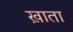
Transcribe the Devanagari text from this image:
ख़ाता